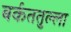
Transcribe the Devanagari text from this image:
बर्कततुल्ला